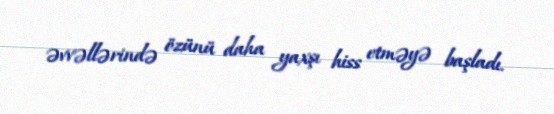
əvvəllərində özünü daha yaxşı hiss etməyə başladı.